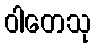
ဝါတေသု